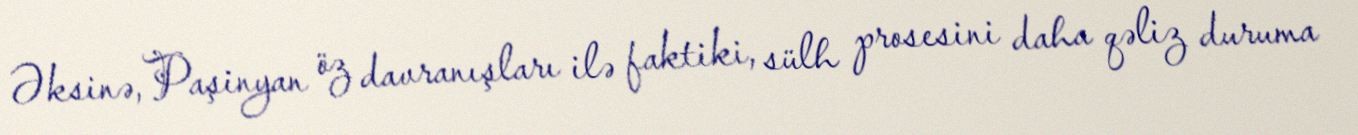
Əksinə, Paşinyan öz davranışları ilə faktiki, sülh prosesini daha qəliz duruma